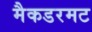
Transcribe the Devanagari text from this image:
मैकडरमट